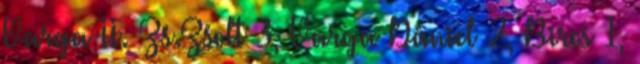
Varga II. Zs.Zsolt 3, Varga Dániel 2, Biros 1,